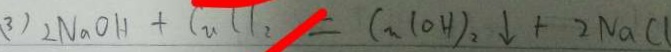
( 3 ) 2 N a O H + C u l l _ { 2 } = C _ { n } ( O H ) _ { 2 } \downarrow + 2 N a C l